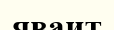
яваит